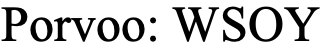
Porvoo: WSOY